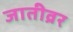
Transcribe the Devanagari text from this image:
जातीव्रर